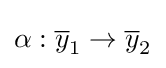
\alpha :{\overline {y}}_{1}\to {\overline {y}}_{2}